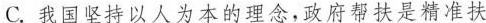
C.我国坚持以人为本的理念，政府帮扶是精准扶